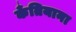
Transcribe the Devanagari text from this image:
कँतियाना